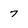
Character: 7